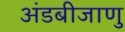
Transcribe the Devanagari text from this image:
अंडबीजाणु